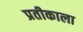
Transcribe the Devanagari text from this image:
प्रतीकाला